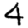
Digit: 4